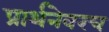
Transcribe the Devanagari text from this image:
प्रार्थनेवरच